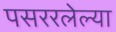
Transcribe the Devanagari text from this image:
पसररलेल्या